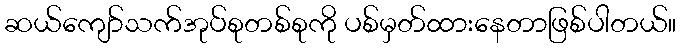
ဆယ်ကျော်သက်အုပ်စုတစ်စုကို ပစ်မှတ်ထားနေတာဖြစ်ပါတယ်။